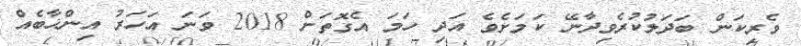
ވެރިކަން ބަދަލުކުރެވިދާނޭ ކަމަށެވެ އަދި ހަމަ އެގޮތަށް 2018 ވަނަ އަހަރު އިންޚާބެއް